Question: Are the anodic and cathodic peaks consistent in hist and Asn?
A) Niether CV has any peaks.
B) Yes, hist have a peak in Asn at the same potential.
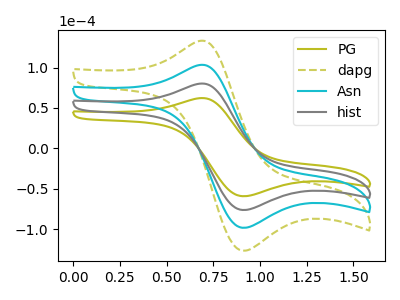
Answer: <think>The olive curve "PG" has an anodic peak at (0.65V, 62.05uA) and a cathodic peak at (0.90V, -59.15uA). The olive dashed curve "dapg" has an anodic peak at (0.65V, 239.90uA) and a cathodic peak at (0.90V, -228.60uA). The cyan curve "Asn" has an anodic peak at (0.65V, 159.95uA) and a cathodic peak at (0.90V, -152.40uA). The gray curve "hist" has an anodic peak at (0.65V, 79.95uA) and a cathodic peak at (0.90V, -76.20uA).</think>
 <answer>B) Yes, "hist" have a peak in "Asn" at the same potential.</answer>
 <eval>B</eval>